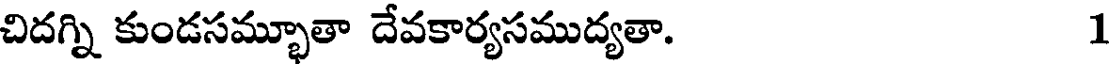
చిదగ్ని కుండసమ్భూతా దేవకార్యసముద్యతా. 1